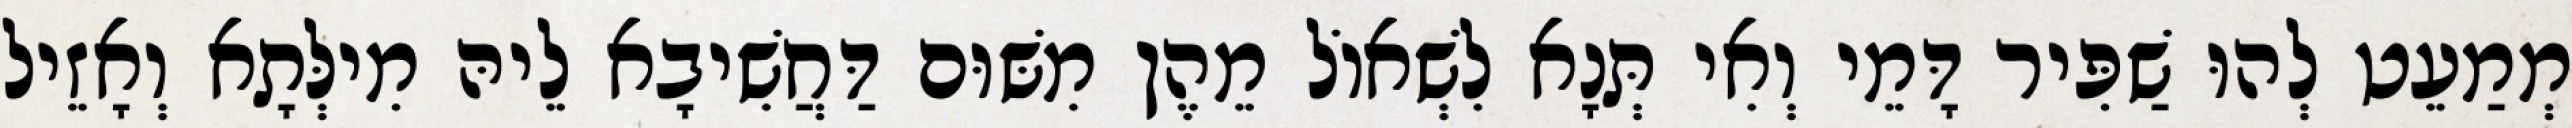
מְמַעֵט לְהוּ שַׁפִּיר דָּמֵי וְאִי תְּנָא לִשְׁאוֹל מֵהֶן מִשּׁוּם דַּחֲשִׁיבָא לֵיהּ מִילְּתָא וְאָזֵיל